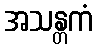
အသန္တကံ